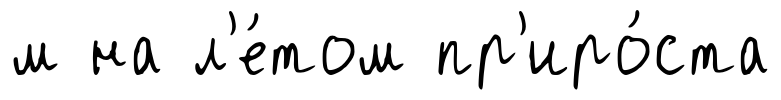
м на л'е́том пр'иро́ста